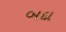
બદા